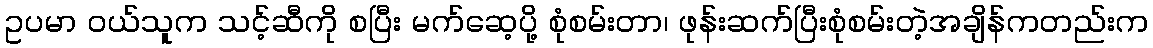
ဥပမာ ၀ယ်သူက သင့်ဆီကို စပြီး မက်ဆေ့ပို့ စုံစမ်းတာ၊ ဖုန်းဆက်ပြီးစုံစမ်းတဲ့အချိန်ကတည်းက